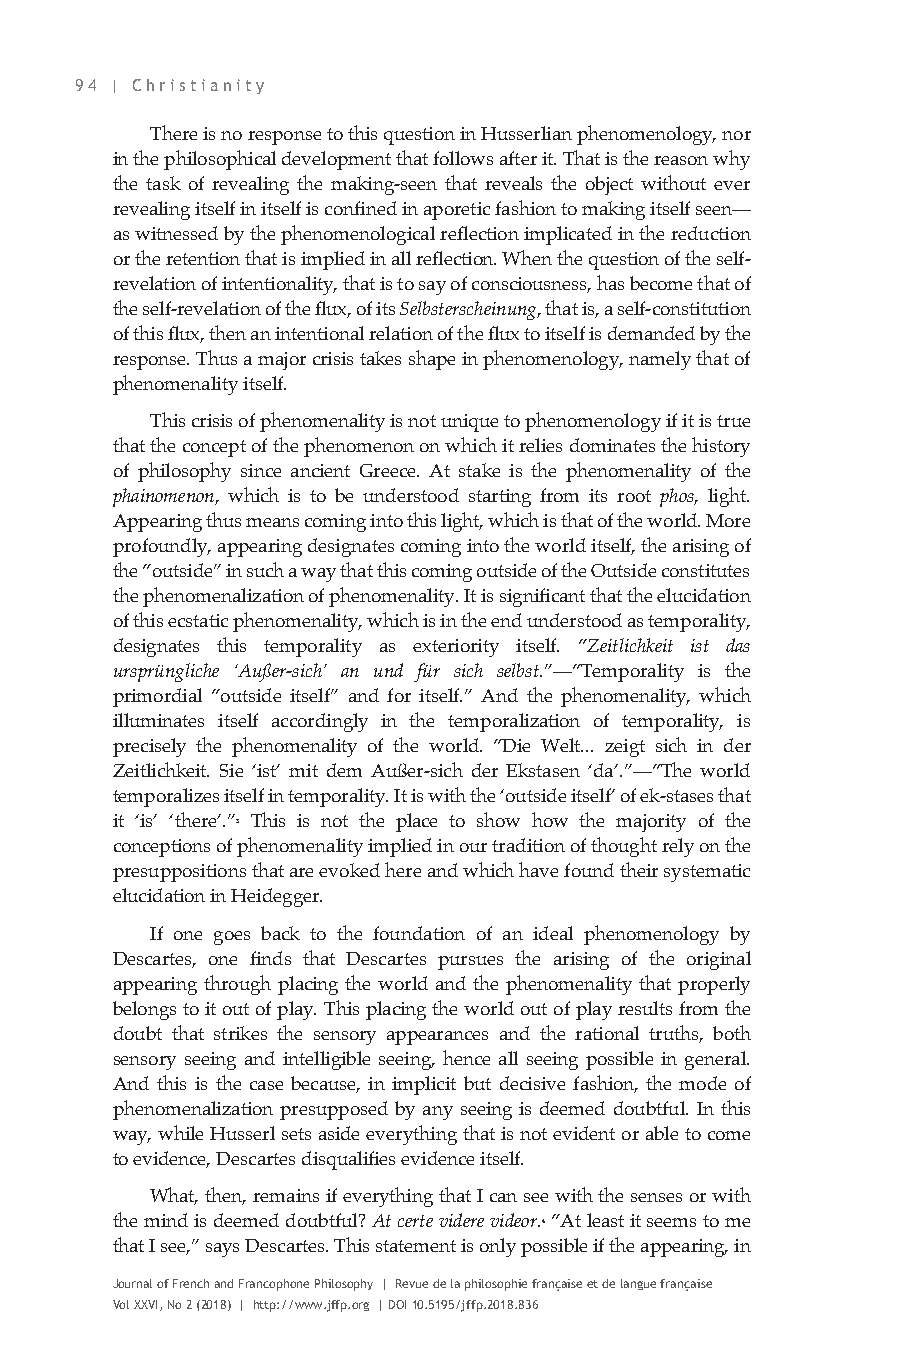
94 | Christianity
 There is no response to this question in Husserlian phenomenology, nor
 in the philosophical development that follows after it. That is the reason why
 the task of revealing the making-seen that reveals the object without ever
 revealing itself in itself is confined in aporetic fashion to making itself seen—
 as witnessed by the phenomenological reflection implicated in the reduction
 or the retention that is implied in all reflection. When the question of the self-
 revelation of intentionality, that is to say of consciousness, has become that of
 the self-revelation of the flux, of its Selbsterscheinung, that is, a self-constitution
 of this flux, then an intentional relation of the flux to itself is demanded by the
 response. Thus a major crisis takes shape in phenomenology, namely that of
 phenomenality itself.
 This crisis of phenomenality is not unique to phenomenology if it is true
 that the concept of the phenomenon on which it relies dominates the history
 of philosophy since ancient Greece. At stake is the phenomenality of the
 phainomenon, which is to be understood starting from its root phos, light.
 Appearing thus means coming into this light, which is that of the world. More
 profoundly, appearing designates coming into the world itself, the arising of
 the “outside” in such a way that this coming outside of the Outside constitutes
 the phenomenalization of phenomenality. It is significant that the elucidation
 of this ecstatic phenomenality, which is in the end understood as temporality,
 designates this temporality as exteriority itself. “Zeitlichkeit ist das
 ursprüngliche ‘Außer-sich’ an und für sich selbst.”—“Temporality is the
 primordial “outside itself” and for itself.” And the phenomenality, which
 illuminates itself accordingly in the temporalization of temporality, is
 precisely the phenomenality of the world. “Die Welt... zeigt sich in der
 Zeitlichkeit. Sie ‘ist’ mit dem Außer-sich der Ekstasen ‘da’.”—“The world
 temporalizes itself in temporality. It is with the ‘outside itself’ of ek-stases that
 it ‘is’ ‘there’.”3 This is not the place to show how the majority of the
 conceptions of phenomenality implied in our tradition of thought rely on the
 presuppositions that are evoked here and which have found their systematic
 elucidation in Heidegger.
 If one goes back to the foundation of an ideal phenomenology by
 Descartes, one finds that Descartes pursues the arising of the original
 appearing through placing the world and the phenomenality that properly
 belongs to it out of play. This placing the world out of play results from the
 doubt that strikes the sensory appearances and the rational truths, both
 sensory seeing and intelligible seeing, hence all seeing possible in general.
 And this is the case because, in implicit but decisive fashion, the mode of
 phenomenalization presupposed by any seeing is deemed doubtful. In this
 way, while Husserl sets aside everything that is not evident or able to come
 to evidence, Descartes disqualifies evidence itself.
 What, then, remains if everything that I can see with the senses or with
 the mind is deemed doubtful? At certe videre videor.4 “At least it seems to me
 that I see,” says Descartes. This statement is only possible if the appearing, in
 Journal of French and Francophone Philosophy | Revue de la philosophie française et de langue française
 Vol XXVI, No 2 (2018) | http://www.jffp.org | DOI 10.5195/jffp.2018.836